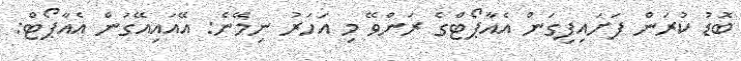
ބޮޑު ކުރަން ފަށައިފިގަން އެއާޕޯޓްގެ ރަންވޭ މި އަހަރު ނިމޭނެ: އޭއައިއޭގަން އެއާޕޯޓް: